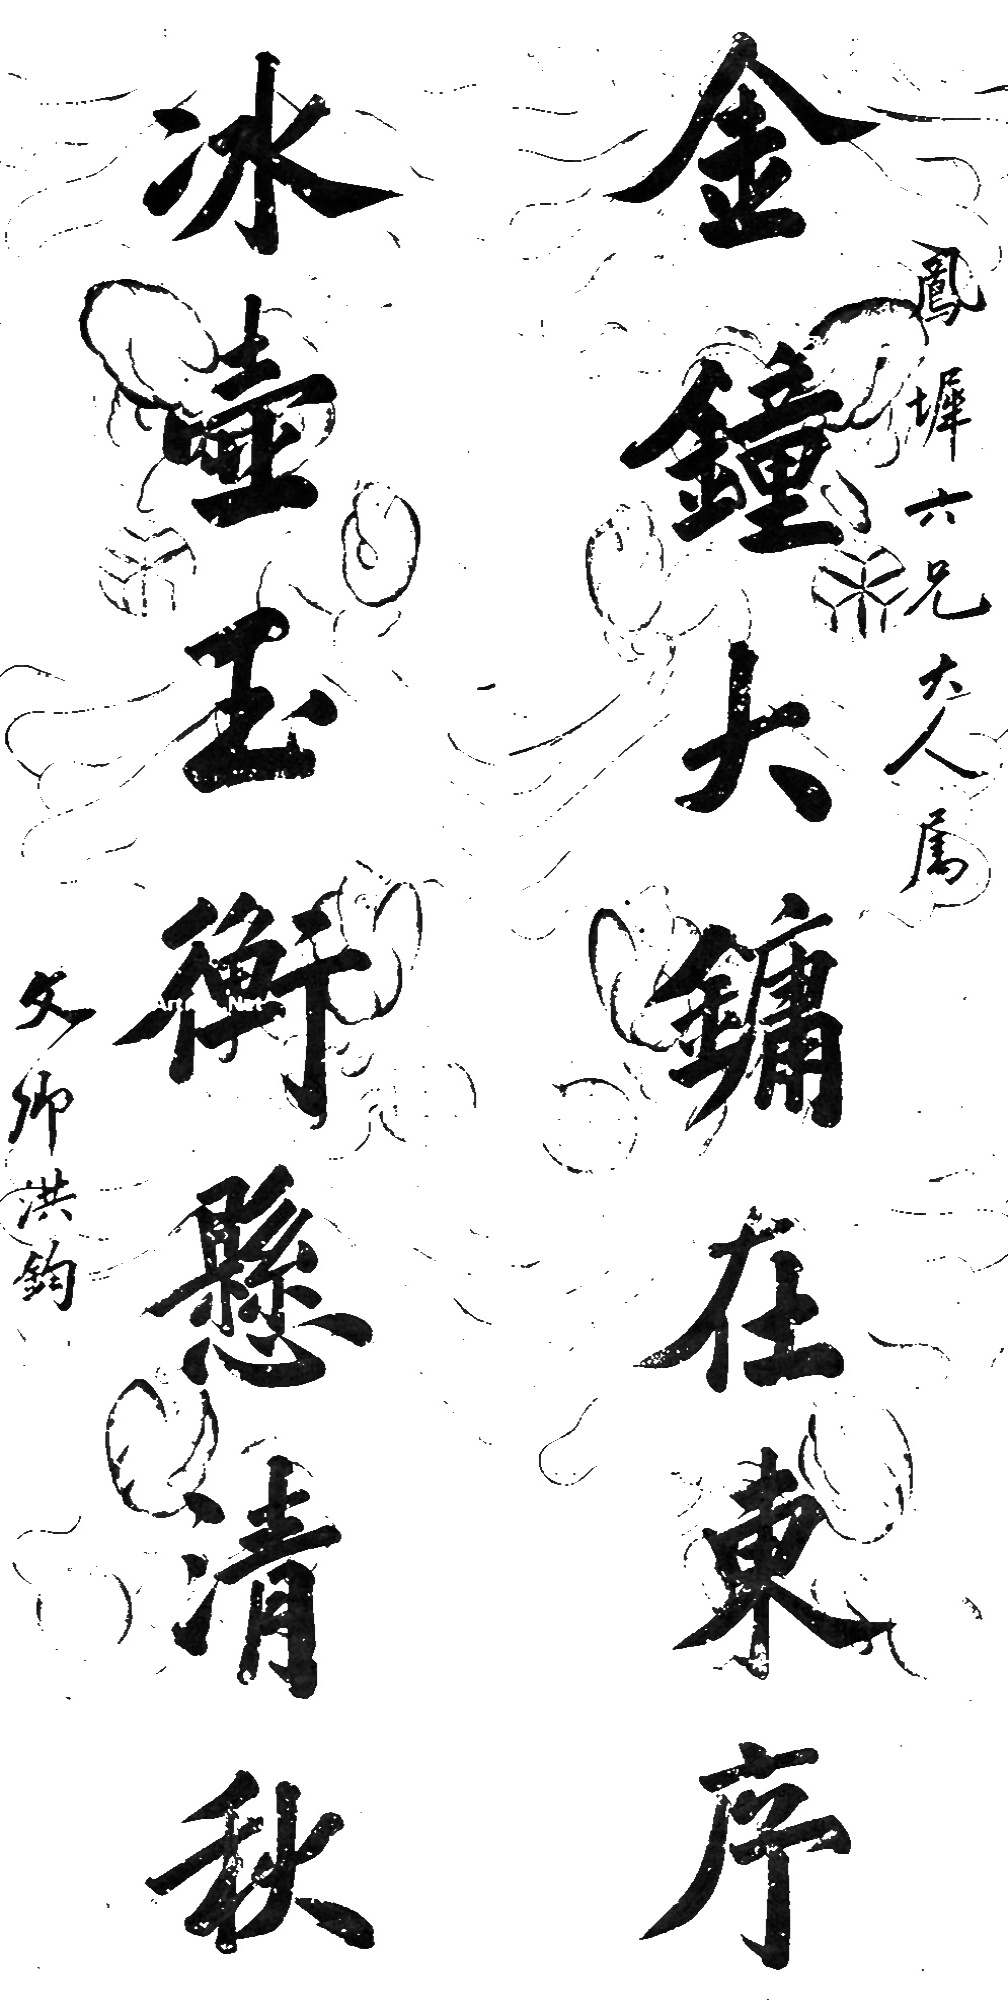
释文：金钟大镛在东序；冰壶玉衡悬清秋。凤墀六兄大人属，文卿洪钧。